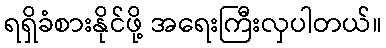
ရရှိခံစားနိုင်ဖို့ အရေးကြီးလှပါတယ်။